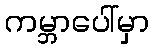
ကမ္ဘာပေါ်မှာ